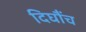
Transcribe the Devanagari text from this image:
दिघौंच